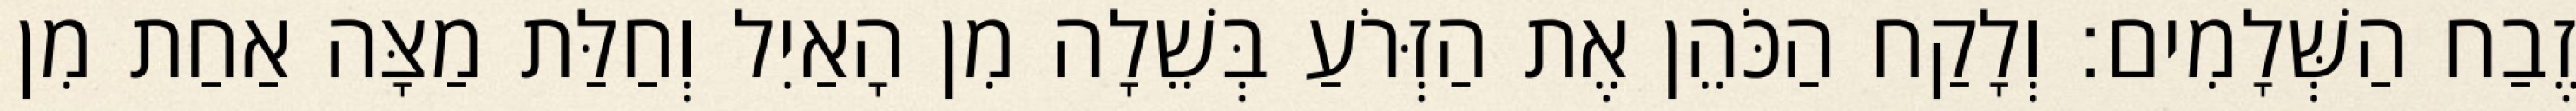
זֶבַח הַשְּׁלָמִים׃ וְלָקַח הַכֹּהֵן אֶת הַזְּרֹעַ בְּשֵׁלָה מִן הָאַיִל וְחַלַּת מַצָּה אַחַת מִן